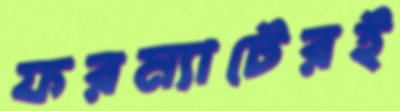
ফরম্যাটেরই